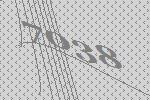
7038